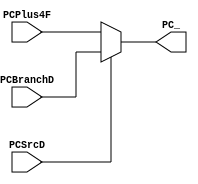
`timescale 1ns / 1ps

module MUXPC #(parameter WIDTH=32)
   (
    input [WIDTH-1:0]  PCPlus4F,
    input [WIDTH-1:0]  PCBranchD,
    input 	       PCSrcD, 
    output [WIDTH-1:0] PC_
    );

   assign PC_=(PCSrcD)?PCBranchD:PCPlus4F;
 
endmodule // MUXPC